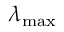
\lambda _ { \mathrm { m a x } }